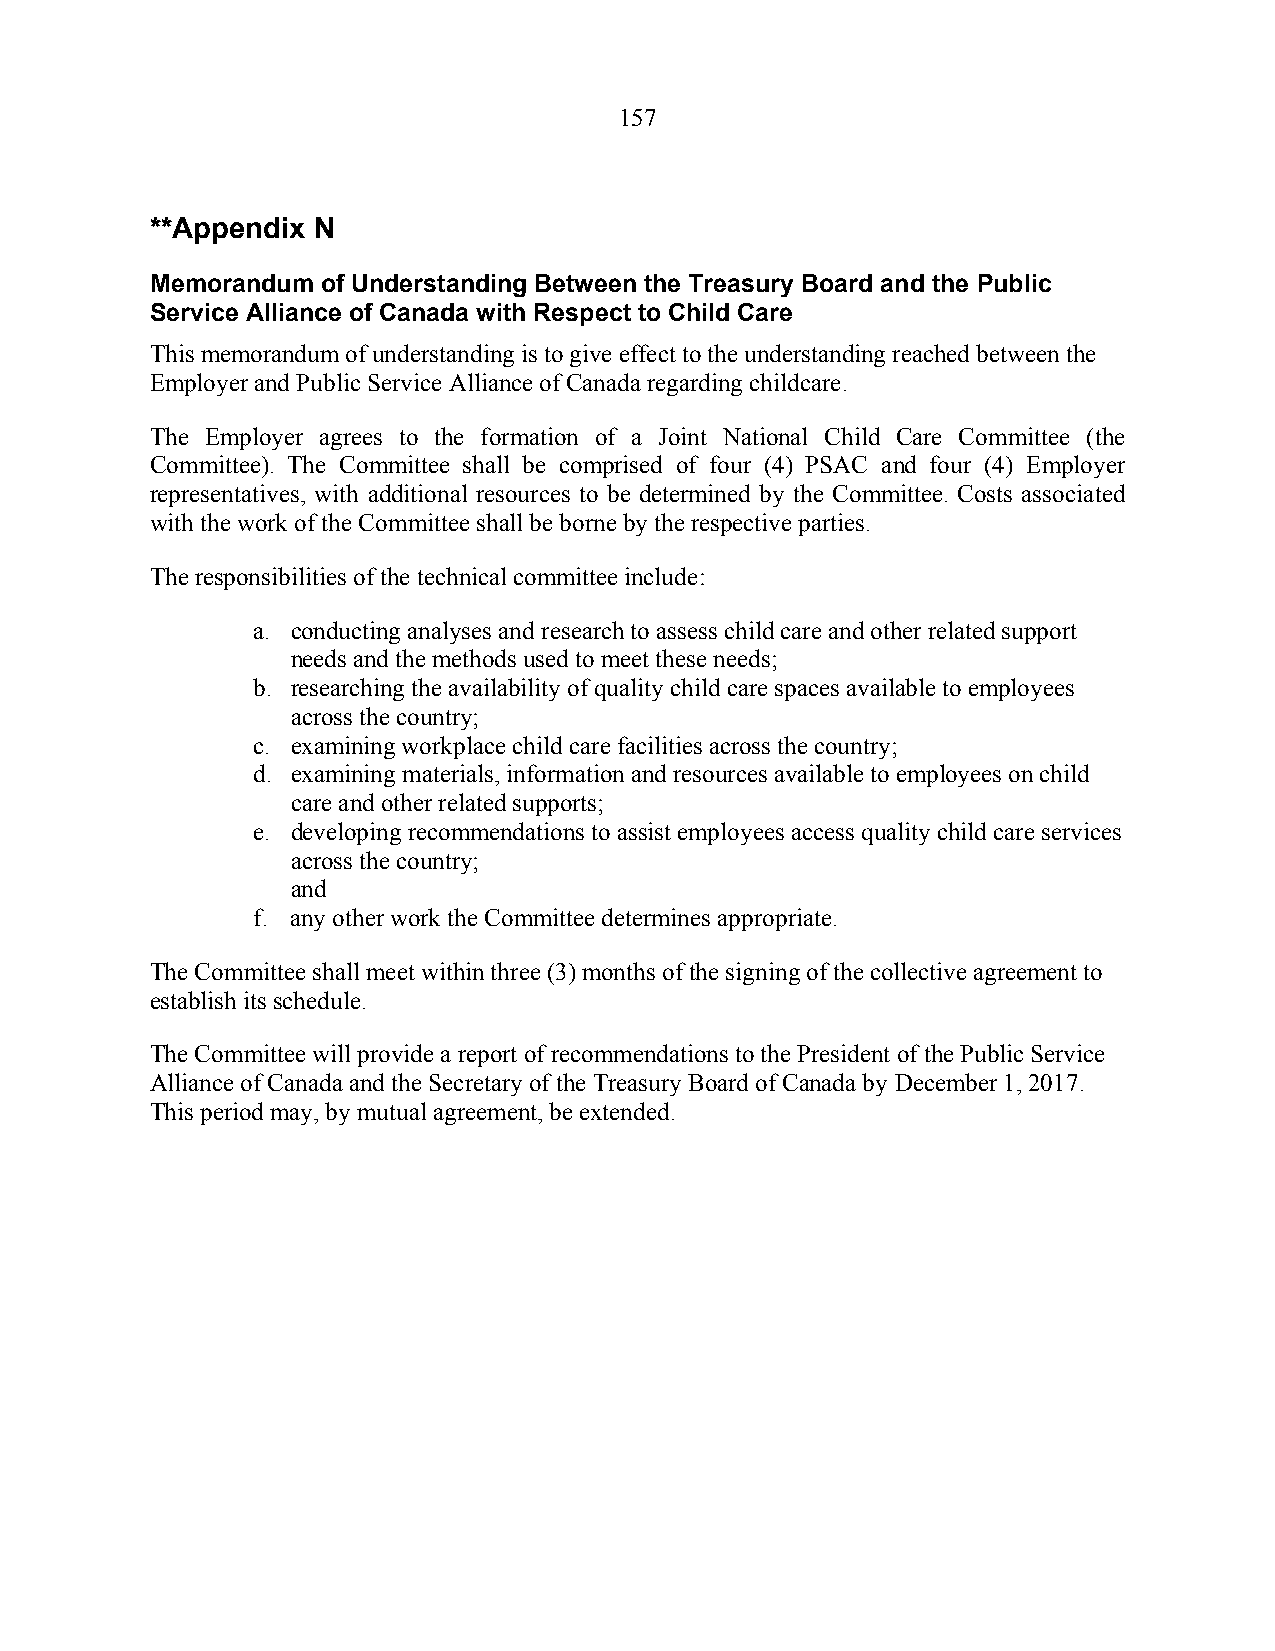
157
 **Appendix N
 Memorandum of Understanding Between the Treasury Board and the Public
 Service Alliance of Canada with Respect to Child Care
 This memorandum of understanding is to give effect to the understanding reached between the
 Employer and Public Service Alliance of Canada regarding childcare.
 The Employer agrees to the formation of a Joint National Child Care Committee (the
 Committee). The Committee shall be comprised of four (4) PSAC and four (4) Employer
 representatives, with additional resources to be determined by the Committee. Costs associated
 with the work of the Committee shall be borne by the respective parties.
 The responsibilities of the technical committee include:
 a. conducting analyses and research to assess child care and other related support
 needs and the methods used to meet these needs;
 b. researching the availability of quality child care spaces available to employees
 across the country;
 c. examining workplace child care facilities across the country;
 d. examining materials, information and resources available to employees on child
 care and other related supports;
 e. developing recommendations to assist employees access quality child care services
 across the country;
 and
 f. any other work the Committee determines appropriate.
 The Committee shall meet within three (3) months of the signing of the collective agreement to
 establish its schedule.
 The Committee will provide a report of recommendations to the President of the Public Service
 Alliance of Canada and the Secretary of the Treasury Board of Canada by December 1, 2017.
 This period may, by mutual agreement, be extended.